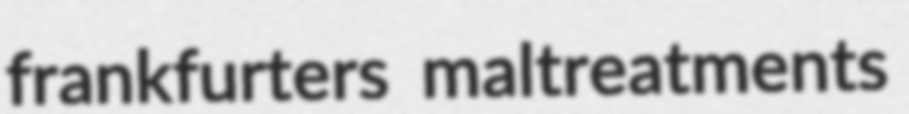
frankfurters maltreatments